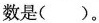
数是()。